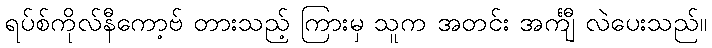
ရပ်စ်ကိုလ်နီကော့ဗ် တားသည့် ကြားမှ သူက အတင်း အင်္ကျီ လဲပေးသည်။